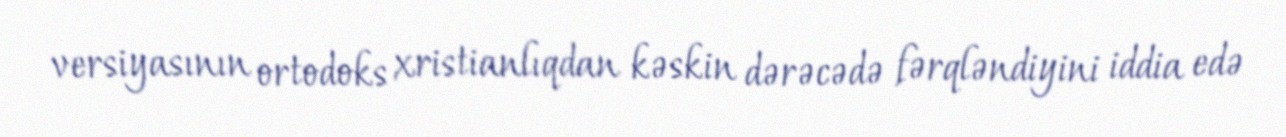
versiyasının ortodoks xristianlıqdan kəskin dərəcədə fərqləndiyini iddia edə